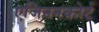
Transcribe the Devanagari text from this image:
एजिननकोर्ट